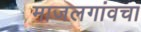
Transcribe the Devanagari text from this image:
माजलगांवचा